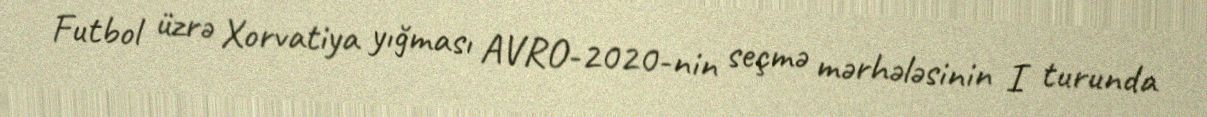
Futbol üzrə Xorvatiya yığması AVRO-2020-nin seçmə mərhələsinin I turunda